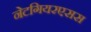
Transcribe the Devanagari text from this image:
नेटगियरएसस